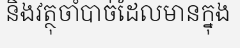
និងវត្ថុចាំបាច់ដែលមានក្នុង